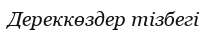
Дереккөздер тізбегі